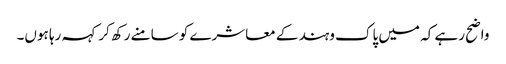
واضح رہے کہ میں پاک وہند کے معاشرے کو سامنے رکھ کر کہہ رہا ہوں۔